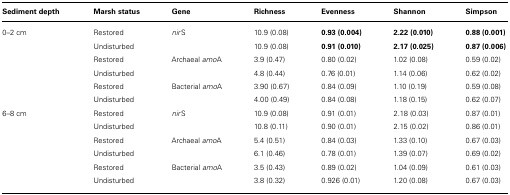
| Sediment depth | Marsh status | Gene | Richness | Evenness | Shannon | Simpson |
 | --- | --- | --- | --- | --- | --- | --- |
 | 0–2 cm | Restored | nirS | 10.9 (0.08) | 0.93 (0.004) | 2.22 (0.010) | 0.88 (0.001) |
 |  | Undisturbed |  | 10.9 (0.08) | 0.91 (0.010) | 2.17 (0.025) | 0.87 (0.006) |
 |  | Restored | Archaeal amoA | 3.9 (0.47) | 0.80 (0.02) | 1.02 (0.08) | 0.59 (0.02) |
 |  | Undisturbed |  | 4.8 (0.44) | 0.76 (0.01) | 1.14 (0.06) | 0.62 (0.02) |
 |  | Restored | Bacterial amoA | 3.90 (0.67) | 0.84 (0.09) | 1.10 (0.19) | 0.59 (0.08) |
 |  | Undisturbed |  | 4.00 (0.49) | 0.84 (0.08) | 1.18 (0.15) | 0.62 (0.07) |
 | 6–8 cm | Restored | nirS | 10.9 (0.08) | 0.91 (0.01) | 2.18 (0.03) | 0.87 (0.01) |
 |  | Undisturbed |  | 10.8 (0.11) | 0.90 (0.01) | 2.15 (0.02) | 0.86 (0.01) |
 |  | Restored | Archaeal amoA | 5.4 (0.51) | 0.84 (0.03) | 1.33 (0.10) | 0.67 (0.03) |
 |  | Undisturbed |  | 6.1 (0.46) | 0.78 (0.01) | 1.39 (0.07) | 0.69 (0.02) |
 |  | Restored | Bacterial amoA | 3.5 (0.43) | 0.89 (0.02) | 1.04 (0.09) | 0.61 (0.03) |
 |  | Undisturbed |  | 3.8 (0.32) | 0.926 (0.01) | 1.20 (0.08) | 0.67 (0.03) |